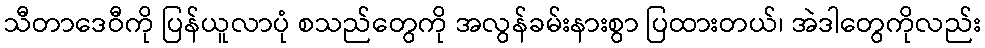
သီတာဒေဝီကို ပြန်ယူလာပုံ စသည်တွေကို အလွန်ခမ်းနားစွာ ပြထားတယ်၊ အဲဒါတွေကိုလည်း